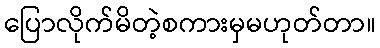
ပြောလိုက်မိတဲ့စကားမှမဟုတ်တာ။